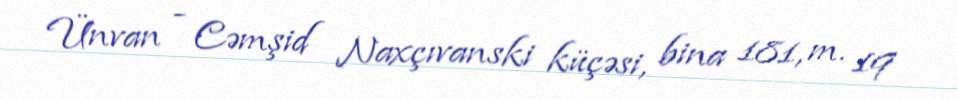
Ünvan - Cəmşid Naxçıvanski küçəsi, bina 181, m. 19